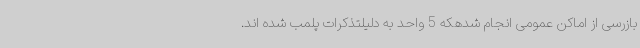
بازرسی از اماکن عمومی انجام شدهکه 5 واحد به دلیلتذکرات پلمب شده اند.